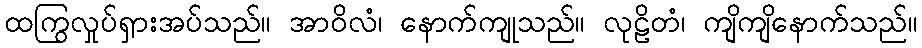
ထကြွလှုပ်ရှားအပ်သည်။ အာဝိလံ၊ နောက်ကျုသည်။ လုဠိတံ၊ ကျိကျိနောက်သည်။